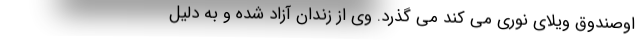
اوصندوق ویلای نوری می کند می گذرد. وی از زندان آزاد شده و به دلیل